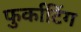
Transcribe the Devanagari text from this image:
फुर्काटिंग